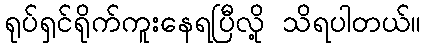
ရုပ်ရှင်ရိုက်ကူးနေရပြီလို့ သိရပါတယ်။